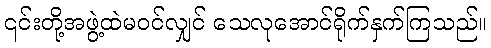
၎င်းတို့အဖွဲ့ထဲမဝင်လျှင် သေလုအောင်ရိုက်နှက်ကြသည်။